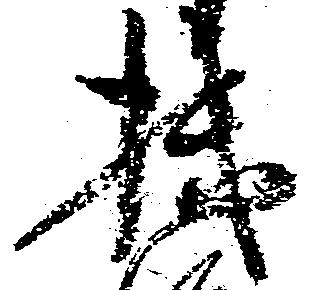
機